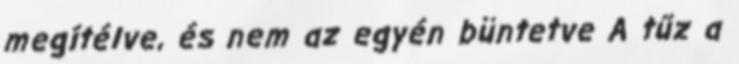
megítélve, és nem az egyén büntetve A tűz a